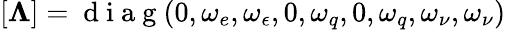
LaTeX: [\mathbf{\Lambda}]=\mathrm{~d~i~a~g~}(0,\omega_{e},\omega_{\epsilon},0,\omega_{q},0,\omega_{q},\omega_{\nu},\omega_{\nu})